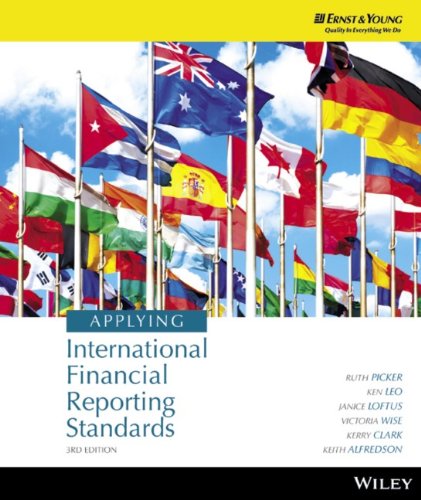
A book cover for Applying International Financial Reporting Standards; Ruth Picker; Business & Money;